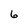
Character: 6